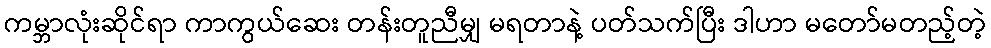
ကမ္ဘာလုံးဆိုင်ရာ ကာကွယ်ဆေး တန်းတူညီမျှ မရတာနဲ့ ပတ်သက်ပြီး ဒါဟာ မတော်မတည့်တဲ့